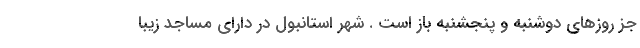
جز روزهای دوشنبه و پنجشنبه باز است . شهر استانبول در دارای مساجد زیبا